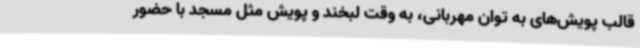
قالب پویش‌های به توان مهربانی، به وقت لبخند و پویش مثل مسجد با حضور